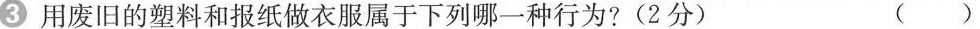
3用废旧的塑料和报纸做衣服属于下列哪一种行为?(2分) （ ）